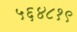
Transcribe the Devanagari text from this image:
५६४८१९